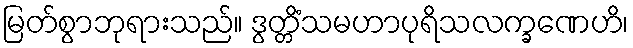
မြတ်စွာဘုရားသည်။ ဒွတ္တိံသမဟာပုရိသလက္ခဏေဟိ၊